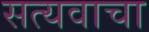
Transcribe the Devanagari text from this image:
सत्यवाचा